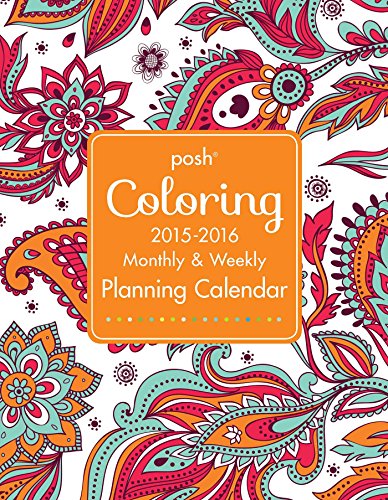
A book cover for Posh: Coloring 2015-2016 Large Monthly/Weekly Planning Calendar; Andrews McMeel Publishing LLC; Calendars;